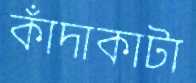
কাঁদাকাটা